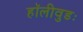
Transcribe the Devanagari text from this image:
हॉलीवुडः